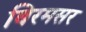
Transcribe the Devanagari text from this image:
बिरमसर